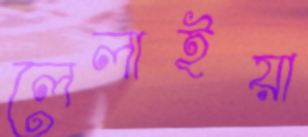
লেলাইয়া